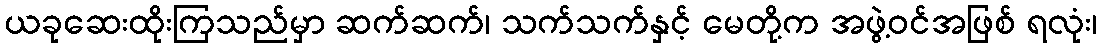
ယခုဆေးထိုးကြသည်မှာ ဆက်ဆက်၊ သက်သက်နှင့် မေတို့က အဖွဲ့ဝင်အဖြစ် ရလုံး၊